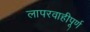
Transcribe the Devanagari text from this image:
लापरवाहीपूर्ण